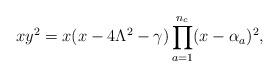
LaTeX: \begin{align*}x y^{2} = x (x-4\Lambda^{2} -\gamma) \prod_{a=1}^{n_{c}} (x-\alpha_{a})^{2},\end{align*}